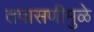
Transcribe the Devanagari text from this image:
तपासणीमुळे